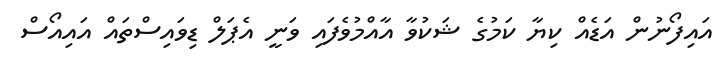
އައިފޯނުން އަޑެއް ކިޔާ ކަމުގެ ޝަކުވާ އާއްމުވެފައި ވަނީ އެޕަލް ޑިވައިސްތައް އައިއޯސް